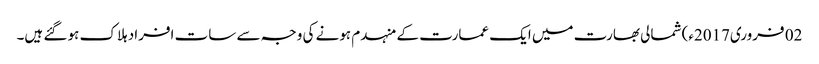
02 فروری2017ء) شمالی بھارت میں ایک عمارت کے منہدم ہونے کی وجہ سے سات افراد ہلاک ہو گئے ہیں۔